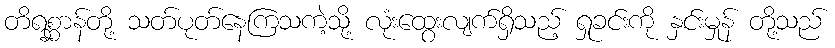
တိရစ္ဆာန်တို့ သတ်ပုတ်နေကြသကဲ့သို့ လုံးထွေးလျက်ရှိသည့် ရှုခင်းကို နှင်းမှုန် တို့သည်